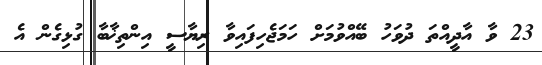
23 ވާ އާދީއްތަ ދުވަހު ބޭއްވުމަށް ހަމަޖެހިފައިވާ ރިޔާސީ އިންތިޚާބާ ގުޅިގެން އެ